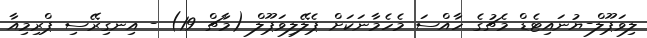
ލިވަޕޫލް-ޔުނައިޓެޑް މެޗުގެ ހާއްސަ މެހެމާނަކަށް ޕެލޭލިވަޕޫލް (މާޗް 19) - އިނގިރޭސި ޕްރިމިއާ